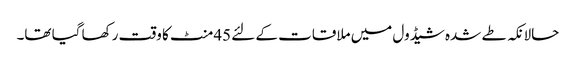
حالانکہ طے شدہ شیڈول میں ملاقات کے لئے 45منٹ کا وقت رکھا گیا تھا۔